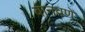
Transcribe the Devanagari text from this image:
बानवणे